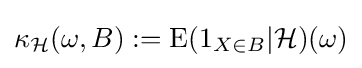
\kappa _{\mathcal {H}}(\omega ,B):=\operatorname {E} (1_{X\in B}|{\mathcal {H}})(\omega )